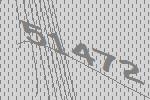
51472